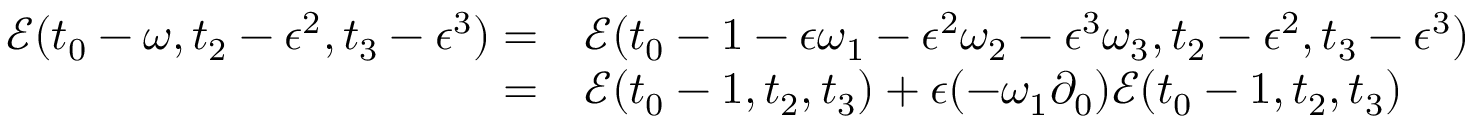
\begin{array} { r l } { \mathcal { E } ( t _ { 0 } - \omega , t _ { 2 } - \epsilon ^ { 2 } , t _ { 3 } - \epsilon ^ { 3 } ) = } & { { } \mathcal { E } ( t _ { 0 } - 1 - \epsilon \omega _ { 1 } - \epsilon ^ { 2 } \omega _ { 2 } - \epsilon ^ { 3 } \omega _ { 3 } , t _ { 2 } - \epsilon ^ { 2 } , t _ { 3 } - \epsilon ^ { 3 } ) } \\ { = } & { { } \mathcal { E } ( t _ { 0 } - 1 , t _ { 2 } , t _ { 3 } ) + \epsilon ( - \omega _ { 1 } \partial _ { 0 } ) \mathcal { E } ( t _ { 0 } - 1 , t _ { 2 } , t _ { 3 } ) } \end{array}